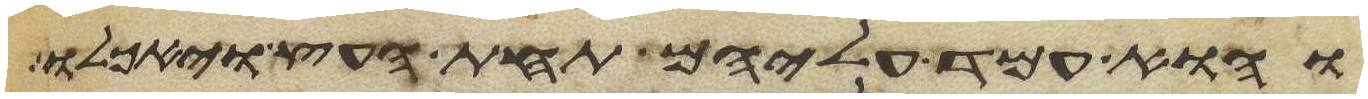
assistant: והוא עמד עליהם תחת העץ ויאכלו